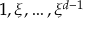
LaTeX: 1 , \xi , \dots , \xi ^ { d - 1 }